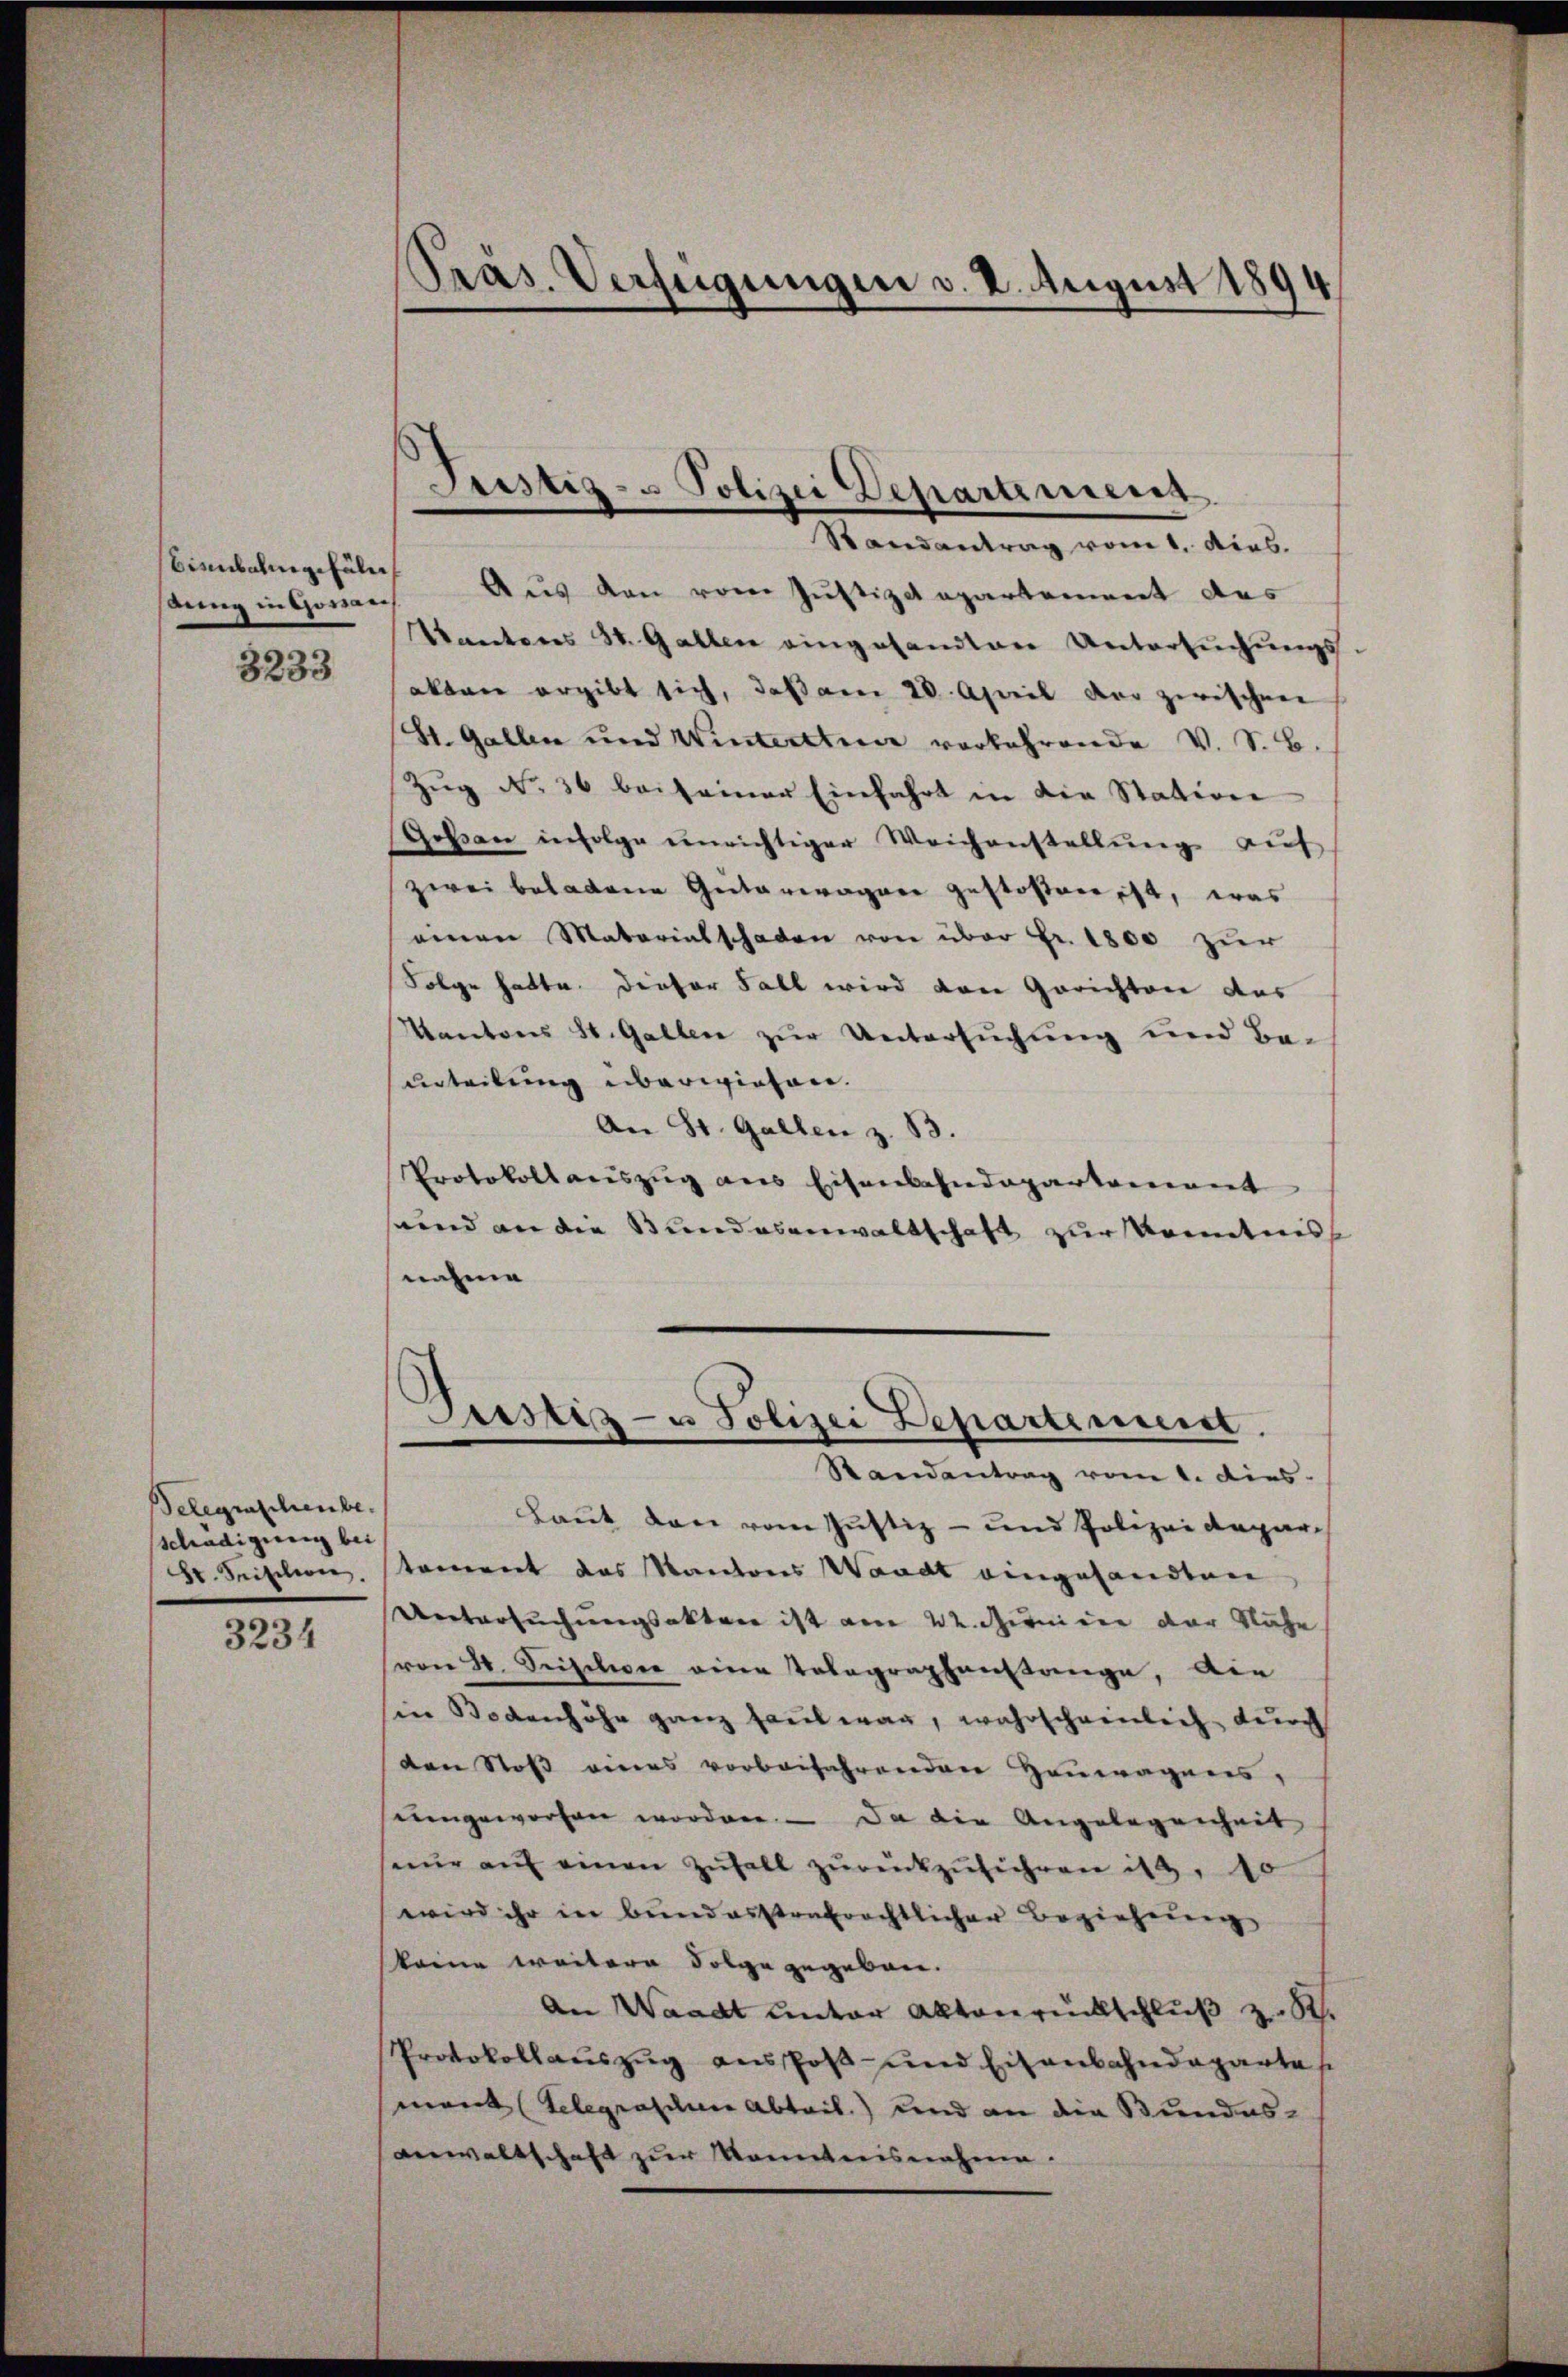
Bienbahngefäll
dung in Gossan

3233

Telegenschenbe
sschädigung bei
St. Seiteren.

3234

PPräs. Verfügungen v. 2. August 1894

Justiz- u Polizei Departement

Randantrag vom 1. dies.
Aus den vom Justizdepartement des
Tanteres St. Gallen eingesandten Untersuchungs-
akten ergibt sich, daß am 20. April der zwischen
St. Gallen und Winterstice vorkehrende V. S. B.
Zŭg No. 36 beiseiner Einfahrt in die Station
Goßau infolge unrichtiger Weichenstellŭng aŭf
zwei beladene Güterwagen gestosten ist, was
einen Materialschaden von über Fr. 1800 zur
Folge hatte. Dieser Fall wird von Gerichtere das
Kantons St. Gallen zur Untersuchung und Be-
urteilung überwiesen.
An St. Gallen z. B.
Protokollauszug aus Eisenbahndepartement
sund an die Bundesanwaltschaft zur Kenntniss
nahme

Justiz- u Polizei Departement.

Standentrag vom 1. dies
Laut den vom Justiz- und Polizeidepartement das Kantons Waadt eingesandten
Untersuchungsakten ist am 22. Juni der der Nähe
(von 20. Seitelwer eine Telegraphenstange, die
in Bodenhöhe ganz faut war, wahrschreilich durch
den Stoff eines vorbeifahrenden Heuwagenes,
eingeworfen worden. — Da die Angelegenheit
nŭr aŭf einen Zŭfall zŭrückzŭführen ist, 10
wird ihr in bundesstrafrechtlicher Beziehung
keine weitere Folge gegeben.
An Waadt unter Aktenrückschluß z. R.
Protokollauszug ausschoß und Eisenbahndepartes
ment (Telegrasene Abtail.) und an die Bundes¬
Anwaltschaft zur Kenntnisnahme.